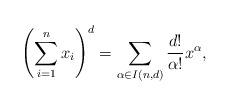
LaTeX: \begin{align*}\left(\sum_{i=1}^n x_i\right)^d=\sum_{\alpha\in I(n,d)}{d!\over \alpha!}x^{\alpha},\end{align*}